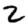
Digit: 2